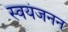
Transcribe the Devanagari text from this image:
स्वयंजनन